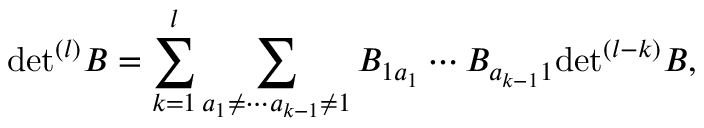
\mathrm { d e t } ^ { ( l ) } B = \sum _ { k = 1 } ^ { l } \sum _ { a _ { 1 } \neq \cdots a _ { k - 1 } \neq 1 } B _ { 1 a _ { 1 } } \cdots B _ { a _ { k - 1 } 1 } \mathrm { d e t } ^ { ( l - k ) } B ,